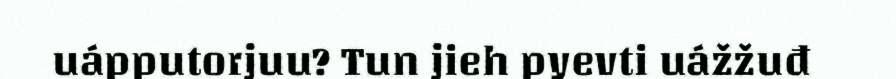
uápputorjuu? Tun jieh pyevti uážžuđ